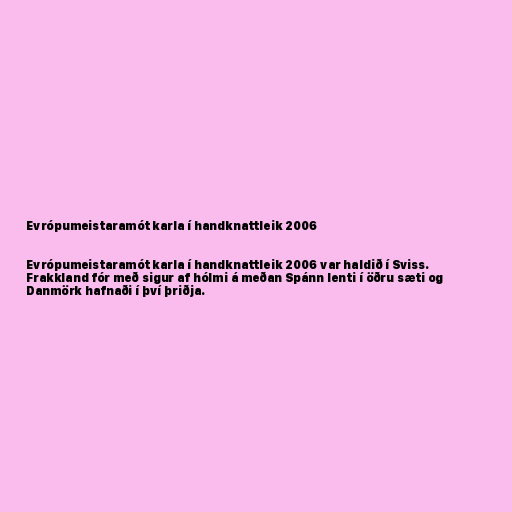
Evrópumeistaramót karla í handknattleik 2006

Evrópumeistaramót karla í handknattleik 2006 var haldið í Sviss.
Frakkland fór með sigur af hólmi á meðan Spánn lenti í öðru sæti og
Danmörk hafnaði í því þriðja.